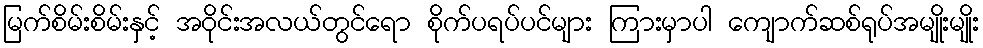
မြက်စိမ်းစိမ်းနှင့် အဝိုင်းအလယ်တွင်ရော စိုက်ပရပ်ပင်များ ကြားမှာပါ ကျောက်ဆစ်ရုပ်အမျိုးမျိုး